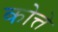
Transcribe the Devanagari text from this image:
कोत्ते